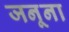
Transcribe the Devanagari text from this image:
जनूना